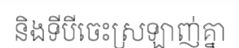
និងទីបីចេះស្រឡាញ់គ្នា